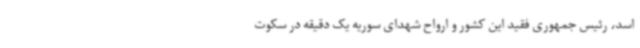
اسد، رئیس جمهوری فقید این کشور و ارواح شهدای سوریه یک دقیقه در سکوت